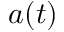
a ( t )